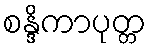
စန္ဒိကာပုတ္တ